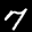
Label: 7